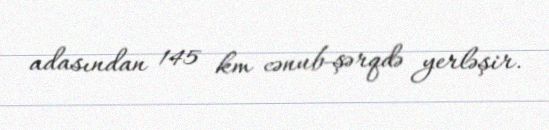
adasından 145 km cənub-şərqdə yerləşir.